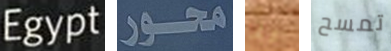
Egypt محور ربما تمسح